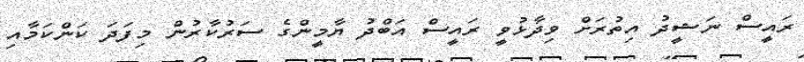
ރައީސް ނަޝީދު އިތުރަށް ވިދާޅުވީ ރައީސް އަބްދު ޔާމީންގެ ސަރުކާރުން މިފަދަ ކަންކަމާއި